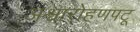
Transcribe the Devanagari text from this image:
अश्वारोहणपटू